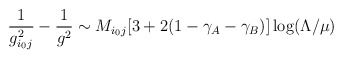
\begin{align*}\frac{1}{g_{i_0 j}^2} - \frac{1}{g^2} \sim M_{i_0 j}[3 + 2 (1-\gamma_A - \gamma_B)] \log (\Lambda/\mu)\end{align*}